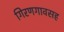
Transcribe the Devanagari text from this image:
गिरणगावसह